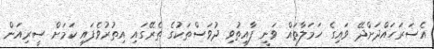
އެސަރަހައްދަށްދޭ ވައިގެ ހަމަލާތައް ވަނީ ފާއިތުވި ދުވަސްތަކުގެ ތެރޭގައި އިތުރުވެފައި ކަމަށް ސީރިއަން